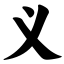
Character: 义